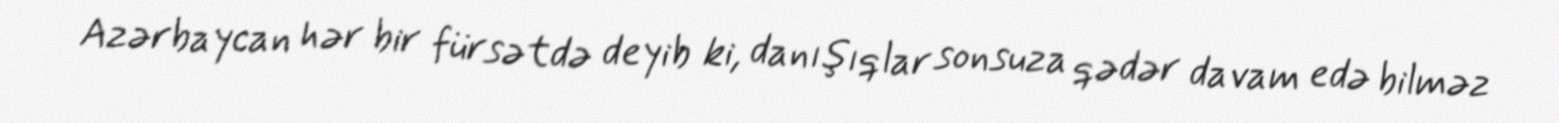
Azərbaycan hər bir fürsətdə deyib ki, danışıqlar sonsuza qədər davam edə bilməz